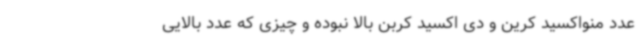
عدد منواکسید کرین و دی اکسید کربن بالا نبوده و چیزی که عدد بالایی